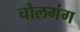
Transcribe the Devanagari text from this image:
चोलगंग